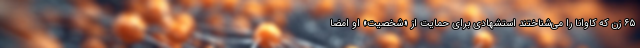
۶۵ زن که کاوانا را می‌شناختند استشهادی برای حمایت از «شخصیت» او امضا